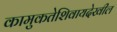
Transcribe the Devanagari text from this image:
कामुकतेशिवायदेखील